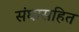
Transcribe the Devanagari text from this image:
संघासहित